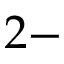
2 -